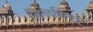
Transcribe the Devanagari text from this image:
किलकिया